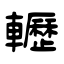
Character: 轣